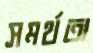
সমর্থতা